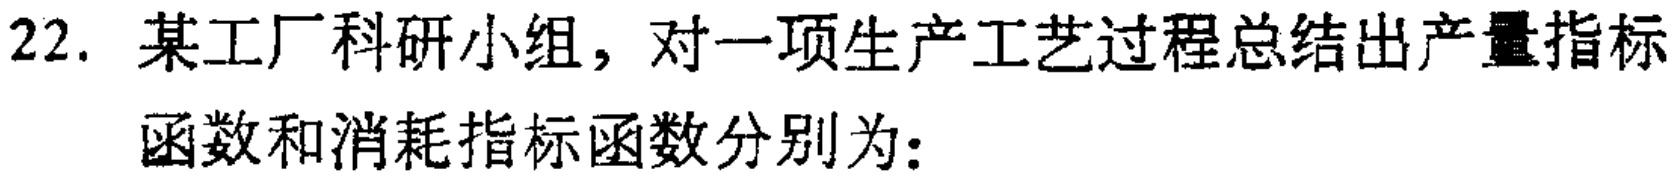
22. 某工厂科研小组，对一项生产工艺过程总结出产量指标

函数和消耗指标函数分别为：